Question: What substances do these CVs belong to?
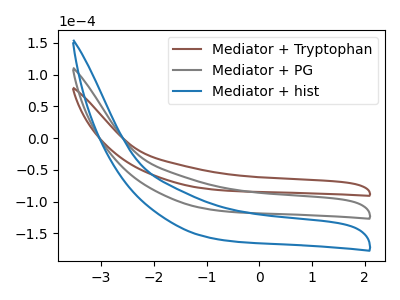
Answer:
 <answer>The brown curve is labeled "Mediator + Tryptophan". The gray curve is labeled "Mediator + PG". The blue curve is labeled "Mediator + hist".</answer>
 <eval></eval>